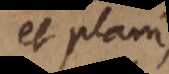
et plani